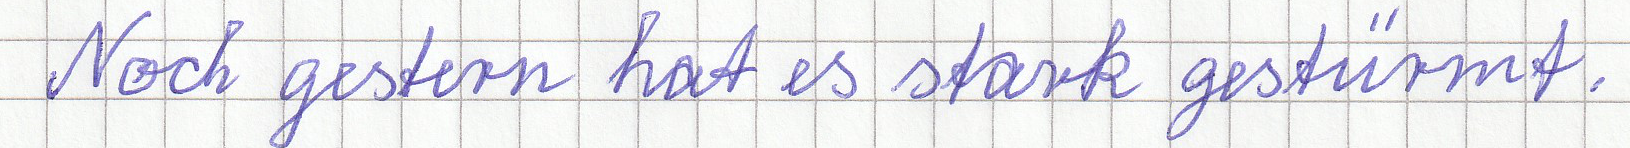
Noch gestern hat es stark gestürmt.